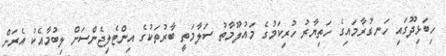
ހިބަޅިދޫގައި ހަނގުރާމައިގެ ހަތިޔާރު ހުރިކަމުގެ މައުލޫމާތު ސަލާމަތީ ބާރުތަކުގެ އިންޓެލިޖެންސަށް ލިބުމާއެކު އެރަށް